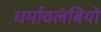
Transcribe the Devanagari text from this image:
धर्मावलंबियो